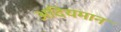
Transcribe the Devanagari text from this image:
अदियमान